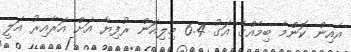
އެއިން ކޮންމެ ބިމެއްގެ އަގު 6.4 މިލިއަން ރުފިޔާ އަށް އަރާއިރު އަލީ